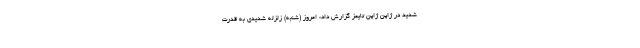
شدید در ژاپن ژاپن تایمز گزارش داد: امروز (شنبه) زلزله شدیدی به قدرت